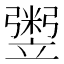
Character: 𥪷